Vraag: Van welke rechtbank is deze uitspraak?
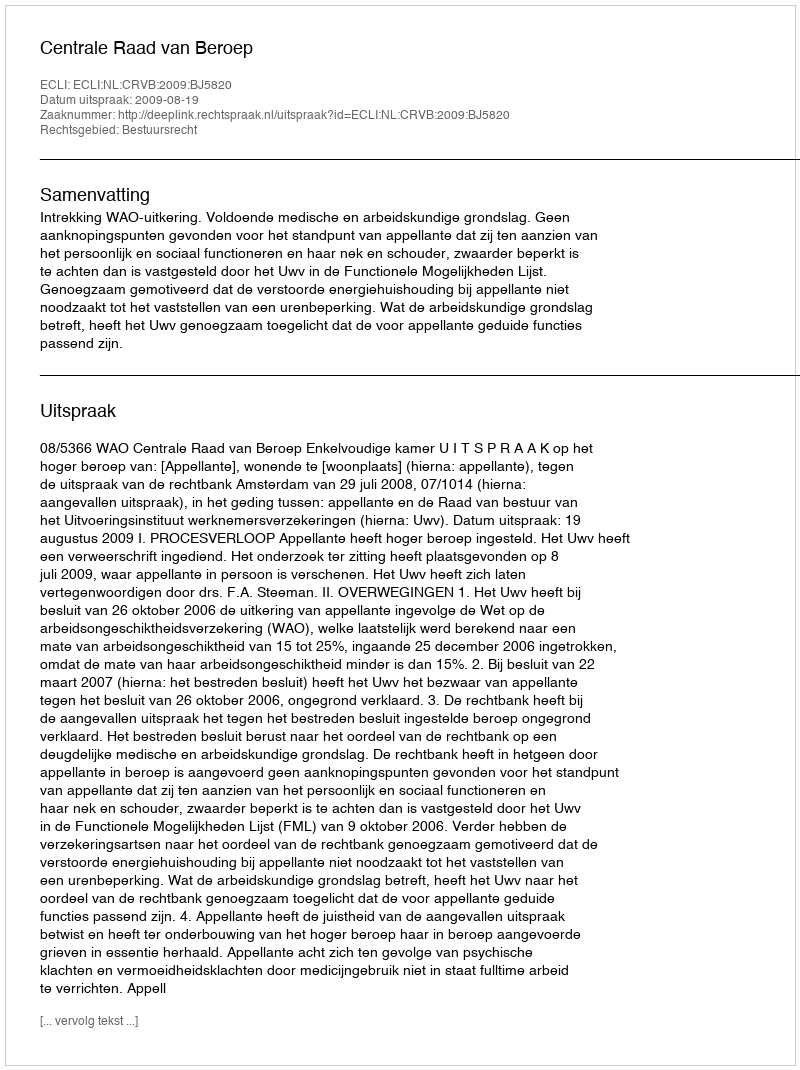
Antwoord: Centrale Raad van Beroep